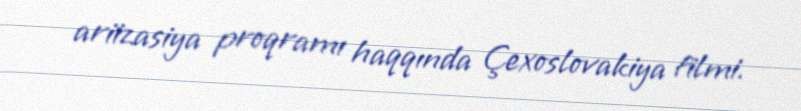
ariizasiya proqramı haqqında Çexoslovakiya filmi.